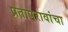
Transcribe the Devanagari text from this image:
प्रतापरावांचा